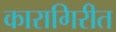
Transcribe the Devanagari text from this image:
कारागिरीत